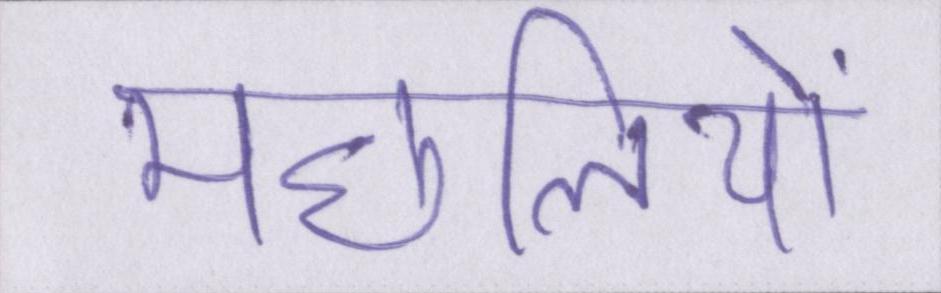
मछलियों